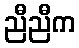
ညီညီက